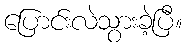
ပြောင်းလဲသွားခဲ့ပြီ။